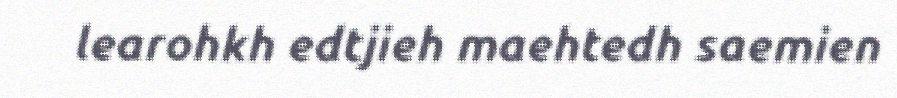
learohkh edtjieh maehtedh saemien